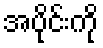
အပိုင်းကို